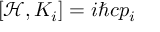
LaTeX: \left[ { \mathcal { H } } , K _ { i } \right] = i \hbar c p _ { i }